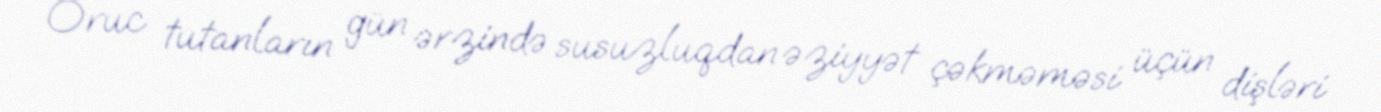
Oruc tutanların gün ərzində susuzluqdan əziyyət çəkməməsi üçün dişləri